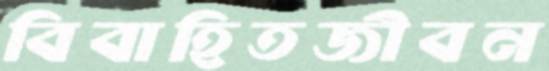
বিবাহিতজীবন